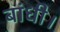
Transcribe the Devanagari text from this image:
बांधी।